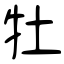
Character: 牡